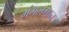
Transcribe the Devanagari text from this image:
मंगलगान